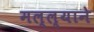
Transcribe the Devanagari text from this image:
मल्ल्याने